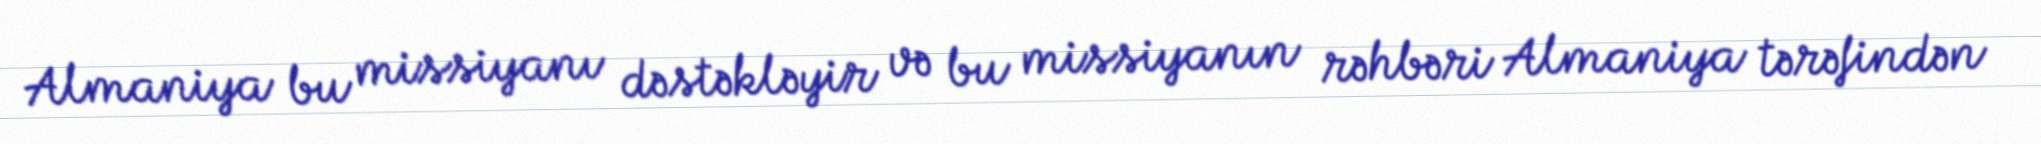
Almaniya bu missiyanı dəstəkləyir və bu missiyanın rəhbəri Almaniya tərəfindən